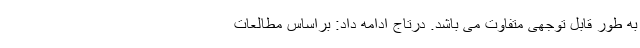
به طور قابل توجهی متفاوت می باشد. درتاج ادامه داد: براساس مطالعات